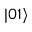
| 0 1 \rangle